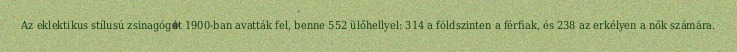
Az eklektikus stílusú zsinagógát 1900-ban avatták fel, benne 552 ülőhellyel: 314 a földszinten a férfiak, és 238 az erkélyen a nők számára.